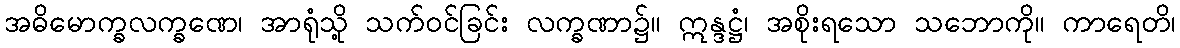
အဓိမောက္ခလက္ခဏေ၊ အာရုံသို့ သက်ဝင်ခြင်း လက္ခဏာ၌။ ဣန္ဒဋ္ဌံ၊ အစိုးရသော သဘောကို။ ကာရေတိ၊